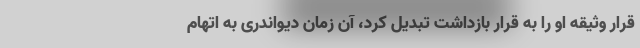
قرار وثیقه او را به قرار بازداشت تبدیل کرد، آن زمان دیواندری به اتهام